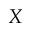
X